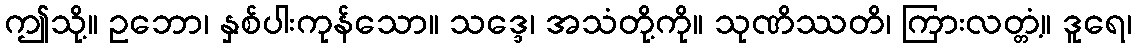
ဤသို့။ ဥဘော၊ နှစ်ပါးကုန်သော။ သဒ္ဒေ၊ အသံတို့ကို။ သုဏိဿတိ၊ ကြားလတ္တံ့။ ဒူရေ၊